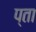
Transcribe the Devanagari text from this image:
प्ता